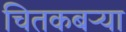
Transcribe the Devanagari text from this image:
चितकबऱ्या